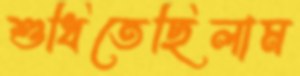
শুধিতেছিলাম